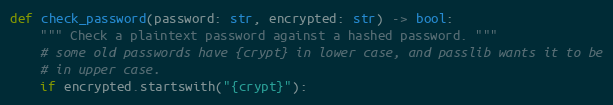
Language: Python
def check_password(password: str, encrypted: str) -> bool:
    """ Check a plaintext password against a hashed password. """
    # some old passwords have {crypt} in lower case, and passlib wants it to be
    # in upper case.
    if encrypted.startswith("{crypt}"):